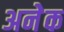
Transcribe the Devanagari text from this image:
अनेेक